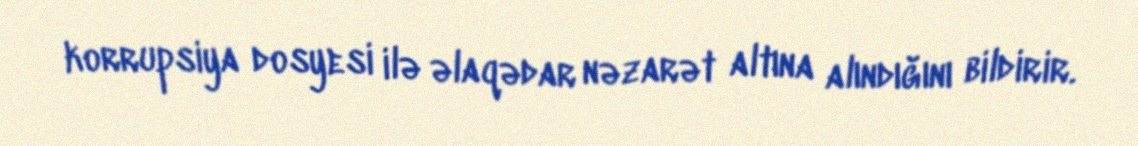
korrupsiya dosyesi ilə əlaqədar nəzarət altına alındığını bildirir.